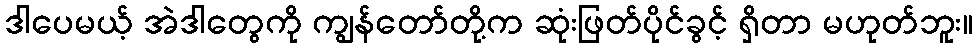
ဒါပေမယ့် အဲဒါတွေကို ကျွန်တော်တို့က ဆုံးဖြတ်ပိုင်ခွင့် ရှိတာ မဟုတ်ဘူး။